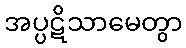
အပ္ပဋိသာမေတွာ